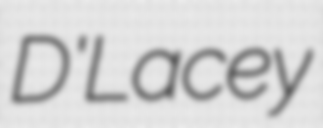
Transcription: D'Lacey